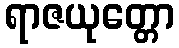
ရာဇယုတ္တော